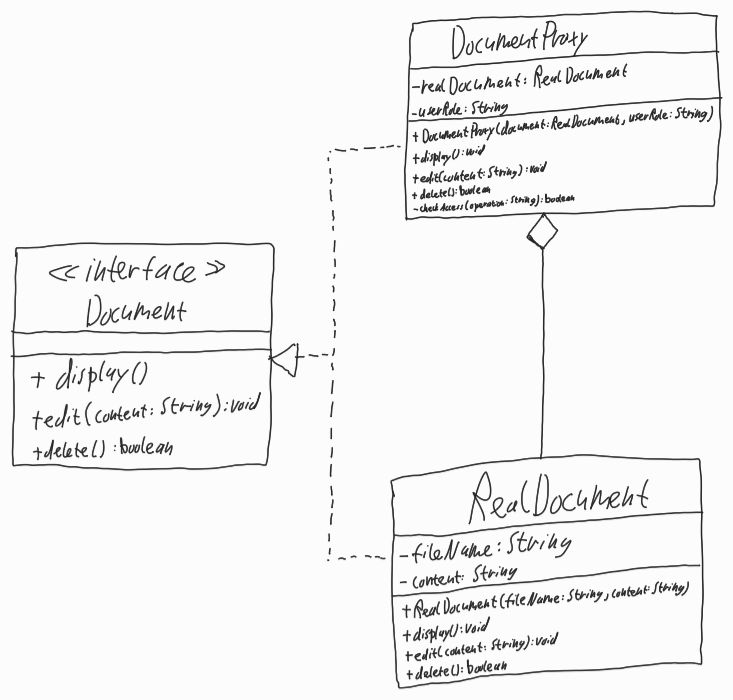
Diagram type: class_diagram
```plantuml
@startuml

interface Document {
  + display()
  + edit(content: String): void
  + delete(): boolean
}

class DocumentProxy implements Document {
  - realDocument: RealDocument
  - userRole: String
  + DocumentProxy(document: RealDocument, userRole: String)
  + display(): void
  + edit(content: String): void
  + delete(): boolean
  - checkAccess(operation: String): boolean
}

class RealDocument implements Document {
  - fileName: String
  - content: String
  + RealDocument(fileName: String, content: String)
  + display()
  + edit(content: String): void
  + delete(): boolean
}

DocumentProxy o-- RealDocument

@enduml
```